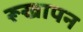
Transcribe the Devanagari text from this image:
रूखापन